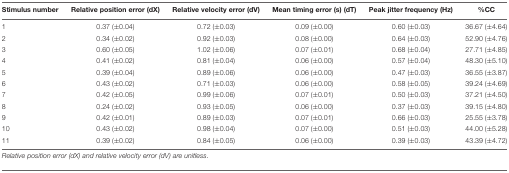
<table><thead><tr><td><b>Stimulus number</b></td><td><b>Relative position error (dX)</b></td><td><b>Relative velocity error (dV)</b></td><td><b>Mean timing error (s) (dT)</b></td><td><b>Peak jitter frequency (Hz)</b></td><td><b>%CC</b></td></tr></thead><tbody><tr><td>1</td><td>0.37 (±0.04)</td><td>0.72 (±0.03)</td><td>0.09 (±0.00)</td><td>0.60 (±0.03)</td><td>36.67 (±4.64)</td></tr><tr><td>2</td><td>0.34 (±0.02)</td><td>0.92 (±0.03)</td><td>0.08 (±0.00)</td><td>0.64 (±0.03)</td><td>52.90 (±4.76)</td></tr><tr><td>3</td><td>0.60 (±0.05)</td><td>1.02 (±0.06)</td><td>0.07 (±0.01)</td><td>0.68 (±0.04)</td><td>27.71 (±4.85)</td></tr><tr><td>4</td><td>0.41 (±0.02)</td><td>0.81 (±0.04)</td><td>0.06 (±0.00)</td><td>0.57 (±0.04)</td><td>48.30 (±5.10)</td></tr><tr><td>5</td><td>0.39 (±0.04)</td><td>0.89 (±0.06)</td><td>0.06 (±0.00)</td><td>0.47 (±0.03)</td><td>36.55 (±3.87)</td></tr><tr><td>6</td><td>0.43 (±0.02)</td><td>0.71 (±0.03)</td><td>0.06 (±0.00)</td><td>0.58 (±0.05)</td><td>39.24 (±4.69)</td></tr><tr><td>7</td><td>0.42 (±0.05)</td><td>0.99 (±0.06)</td><td>0.07 (±0.01)</td><td>0.50 (±0.03)</td><td>37.21 (±4.50)</td></tr><tr><td>8</td><td>0.24 (±0.02)</td><td>0.93 (±0.05)</td><td>0.06 (±0.00)</td><td>0.37 (±0.03)</td><td>39.15 (±4.80)</td></tr><tr><td>9</td><td>0.42 (±0.01)</td><td>0.89 (±0.03)</td><td>0.07 (±0.01)</td><td>0.66 (±0.03)</td><td>25.55 (±3.78)</td></tr><tr><td>10</td><td>0.43 (±0.02)</td><td>0.98 (±0.04)</td><td>0.07 (±0.00)</td><td>0.51 (±0.03)</td><td>44.00 (±5.28)</td></tr><tr><td>11</td><td>0.39 (±0.02)</td><td>0.84 (±0.05)</td><td>0.06 (±0.00)</td><td>0.39 (±0.03)</td><td>43.39 (±4.72)</td></tr></tbody></table>